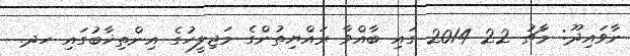
ނާވައިދޫ: މާޗު 22 2014 ގައި ބާއްވާ ރައްޔިތުންގެ މަޖިލީހުގެ އިންތިޚާބުގައި ހދ.